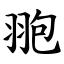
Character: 䎂